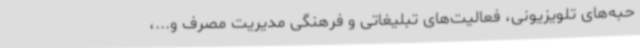
حبه‌های تلویزیونی، فعالیت‌های تبلیغاتی و فرهنگی مدیریت مصرف و...،